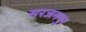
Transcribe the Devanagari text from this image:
सरजनपुर